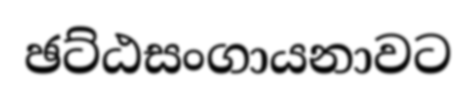
ඡට්ඨසංගායනාවට